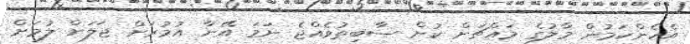
އެހެންކަމުން މާލުގެ މައްޗަށް ކުށް ސާބިތުވެއްޖެ ނަމަ އޭނާ އުމުރަށް ޖަލަށް ލުމަށް